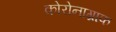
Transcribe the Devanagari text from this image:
कोरोनाग्राफ